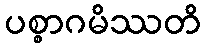
ပစ္စာဂမိဿတိ